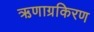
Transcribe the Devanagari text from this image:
ऋणाग्रकिरण